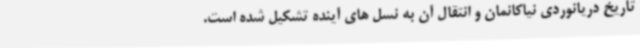
تاریخ دریانوردی نیاکانمان و انتقال آن به نسل های آینده تشکیل شده است.